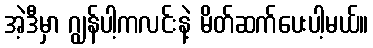
အဲ့ဒီမှာ ဂျွန်ပါ့ကလင်းနဲ့ မိတ်ဆက်ပေးပါ့မယ်။